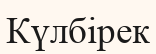
Күлбірек